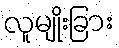
လူမျိုးခြား